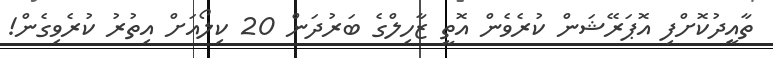
ތާއީދުކޮށްފި އޮޕަރޭޝަން ކުރެވެން އޮތީ ޒާހިލްގެ ބަރުދަން 20 ކިލޯއަށް އިތުރު ކުރެވިގެން!